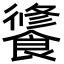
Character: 𩝶